Report of the Indian Hemp Drugs Commission, 1894-1895 - Volume III
Year: 1894
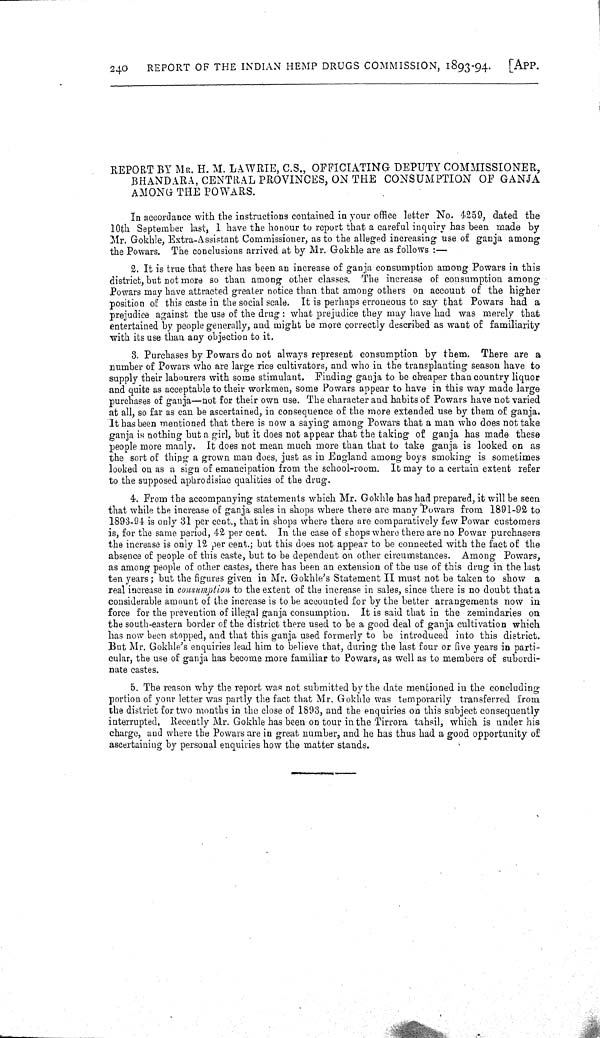
240
REPORT OF THE INDIAN HEMP DRUGS COMMISSION, 1893-94.
[APP.
REPORT BY MR. H. M. LAWRIE, C.S., OFFICIATING DEPUTY COMMISSIONER,
BHANDARA, CENTRAL PROVINCES, ON THE CONSUMPTION OF GANJA
AMONG THE POWARS.
In accordance with the instructions contained in your office letter No. 4259, dated the
10th September last, I have the honour to report that a careful inquiry has been made by
Mr. Gokhle, Extra-Assistant Commissioner, as to the alleged increasing use of ganja among
the Powars. The conclusions arrived at by Mr. Gokhle are as follows:-
2. It is true that there has been an increase of ganja consumption among Powars in this
district, but not more so than among other classes. The increase of consumption among
Powars may have attracted greater notice than that among others on account of the higher
position of this caste in the social scale. It is perhaps erroneous to say that Powars had a
prejudice against the use of the drug: what prejudice they may have had was merely that
entertained by people generally, and might be more correctly described as want of familiarity
with its use than any objection to it.
3. Purchases by Powars do not always represent consumption by them. There are a
number of Powars who are large rice cultivators, and who in the transplanting season have to
supply their labourers with some stimulant. Finding ganja to be cheaper than country liquor
and quite as acceptable to their workmen, some Powars appear to have in this way made large
purchases of ganja-not for their own use. The character and habits of Powars have not varied
at all, so far as can be ascertained, in consequence of the more extended use by them of ganja.
It has been mentioned that there is now a saying among Powars that a man who does not take
ganja is nothing but a girl, but it does not appear that the taking of ganja has made these
people more manly. It does not mean much more than that to take ganja is looked on as
the sort of thing a grown man does, just as in England among boys smoking is sometimes
looked on as a sign of emancipation from the school-room. It may to a certain extent refer
to the supposed aphrodisiac qualities of the drug.
4. From the accompanying statements which Mr. Gokhle has had prepared, it will be seen
that while the increase of ganja sales in shops where there are many Powars from 1891-92 to
1893-94 is only 31 per cent., that in shops where there are comparatively few Powar customers
is, for the same period, 42 per cent. In the case of shops where there are no Powar purchasers
the increase is only 12 per cent.; but this does not appear to be connected with the fact of the
absence of people of this caste, but to be dependent on other circumstances. Among Powars,
as among people of other castes, there has been an extension of the use of this drug in the last
ten years; but the figures given in Mr. Gokhle's Statement II must not be taken to show a
real increase in consumption to the extent of the increase in sales, since there is no doubt that a
considerable amount of the increase is to be accounted for by the better arrangements now in
force for the prevention of illegal ganja consumption. It is said that in the zemindaries on
the south-eastern border of the district there used to be a good deal of ganja cultivation which
has now been stopped, and that this ganja used formerly to be introduced into this district.
But Mr. Gokhle's enquiries lead him to believe that, during the last four or five years in parti-
cular, the use of ganja has become more familiar to Powars, as well as to members of subordi-
nate castes.
5. The reason why the report was not submitted by the date mentioned in the concluding
portion of your letter was partly the fact that Mr. Gokhle was temporarily transferred from
the district for two months in the close of 1893, and the enquiries on this subject consequently
interrupted. Recently Mr. Gokhle has been on tour in the Tirrora tahsil, which is under his
charge, and where the Powars are in great number, and he has thus had a good opportunity of
ascertaining by personal enquiries how the matter stands.